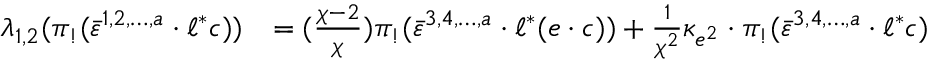
\begin{array} { r l } { \lambda _ { 1 , 2 } ( \pi _ { ! } ( \bar { \varepsilon } ^ { 1 , 2 , \ldots , a } \cdot \ell ^ { * } c ) ) } & { = ( \frac { \chi - 2 } { \chi } ) \pi _ { ! } ( \bar { \varepsilon } ^ { 3 , 4 , \ldots , a } \cdot \ell ^ { * } ( e \cdot c ) ) + \frac { 1 } { \chi ^ { 2 } } \kappa _ { e ^ { 2 } } \cdot \pi _ { ! } ( \bar { \varepsilon } ^ { 3 , 4 , \ldots , a } \cdot \ell ^ { * } c ) } \end{array}